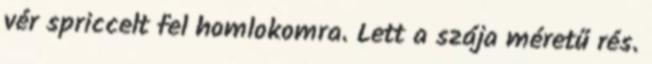
vér spriccelt fel homlokomra. Lett a szája méretű rés.